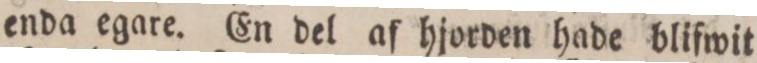
enda egare. En del af hjorden hade blifwit